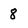
Character: 8